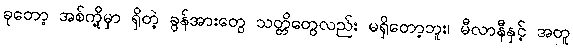
ခုတော့ အစ်ကို့မှာ ရှိတဲ့ ခွန်အားတွေ သတ္တိတွေလည်း မရှိတော့ဘူး၊ မီလာနီနှင့် အတူ